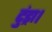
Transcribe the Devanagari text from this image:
टुंड्रा।